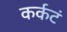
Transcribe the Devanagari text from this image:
कर्कटं